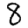
Digit: 8